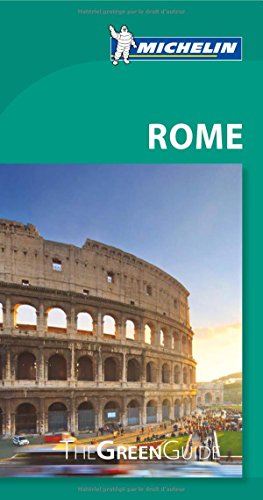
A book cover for Michelin Green Guide Rome (Michelin Green Guides); Michelin; Travel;